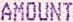
AMOUNT